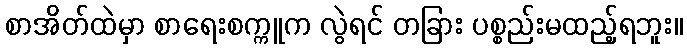
စာအိတ်ထဲမှာ စာရေးစက္ကူက လွဲရင် တခြား ပစ္စည်းမထည့်ရဘူး။